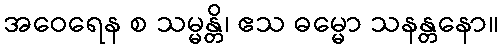
အဝေရေန စ သမ္မန္တိ၊ ဧသ ဓမ္မော သနန္တနော။